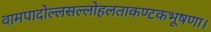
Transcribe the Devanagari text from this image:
वामपादोल्लसल्लोहलताकण्टकभूषणा।